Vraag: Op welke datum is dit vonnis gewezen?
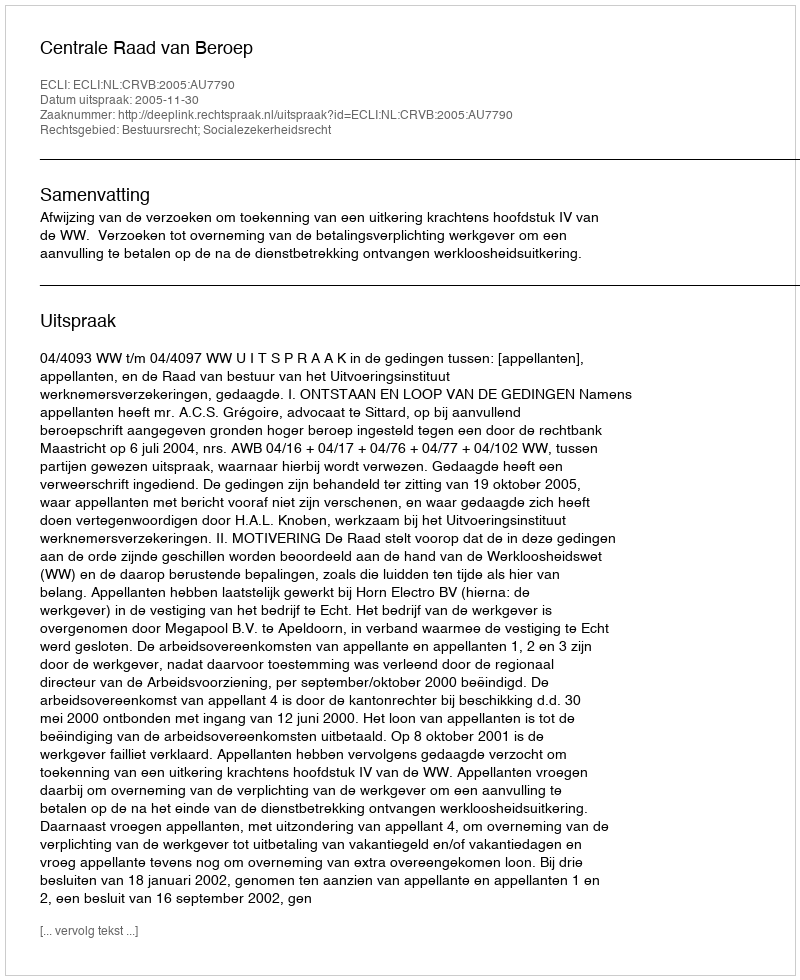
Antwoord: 2005-11-30